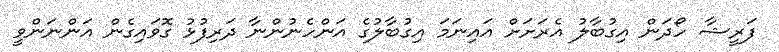
ފަރީޝާ ހޯދަން އިގުބާލު އެރަށަށް އައިނަމަ އިގުބާލުގެ އަންހެނުންނާ ދަރިފުޅު ގޮވައިގެން އަންނަންވީ